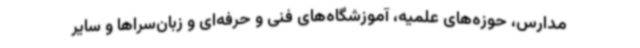
مدارس، حوزه‌های علمیه، آموزشگاه‌های فنی و حرفه‌ای و زبان‌سراها و سایر